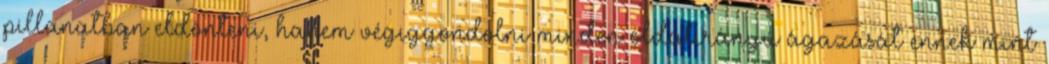
pillanatban eldönteni, hanem végiggondolni minden oldalirányú ágazását ennek mint